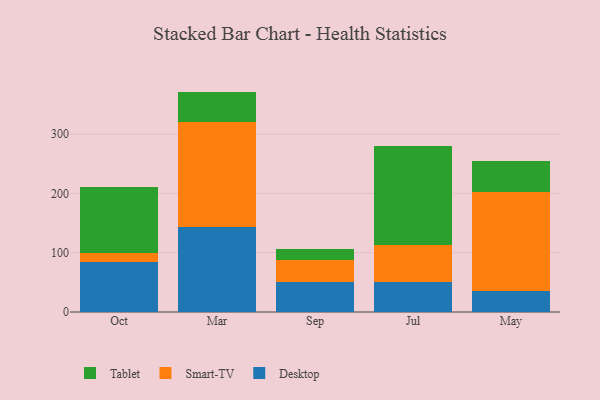
{"axis": {"x": "Month", "y": "Tickets Resolved"}, "legend": ["Desktop", "Smart-TV", "Tablet"], "data": [{"x": "Oct", "y": 84.6, "type": "Desktop"}, {"x": "Oct", "y": 14.7, "type": "Smart-TV"}, {"x": "Oct", "y": 111.7, "type": "Tablet"}, {"x": "Mar", "y": 143.7, "type": "Desktop"}, {"x": "Mar", "y": 176.5, "type": "Smart-TV"}, {"x": "Mar", "y": 51.5, "type": "Tablet"}, {"x": "Sep", "y": 51.4, "type": "Desktop"}, {"x": "Sep", "y": 36.0, "type": "Smart-TV"}, {"x": "Sep", "y": 18.5, "type": "Tablet"}, {"x": "Jul", "y": 50.6, "type": "Desktop"}, {"x": "Jul", "y": 61.7, "type": "Smart-TV"}, {"x": "Jul", "y": 167.0, "type": "Tablet"}, {"x": "May", "y": 35.7, "type": "Desktop"}, {"x": "May", "y": 167.3, "type": "Smart-TV"}, {"x": "May", "y": 52.2, "type": "Tablet"}]}